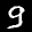
Label: 9